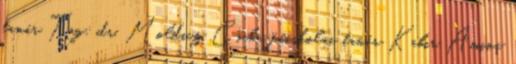
tanár Tag: dr. Moldicz Csaba, főiskolai tanár Kabir Amina